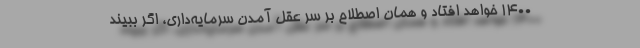
1400 خواهد افتاد و همان اصطلاح بر سر عقل آمدن سرمایه‌داری، اگر ببیند